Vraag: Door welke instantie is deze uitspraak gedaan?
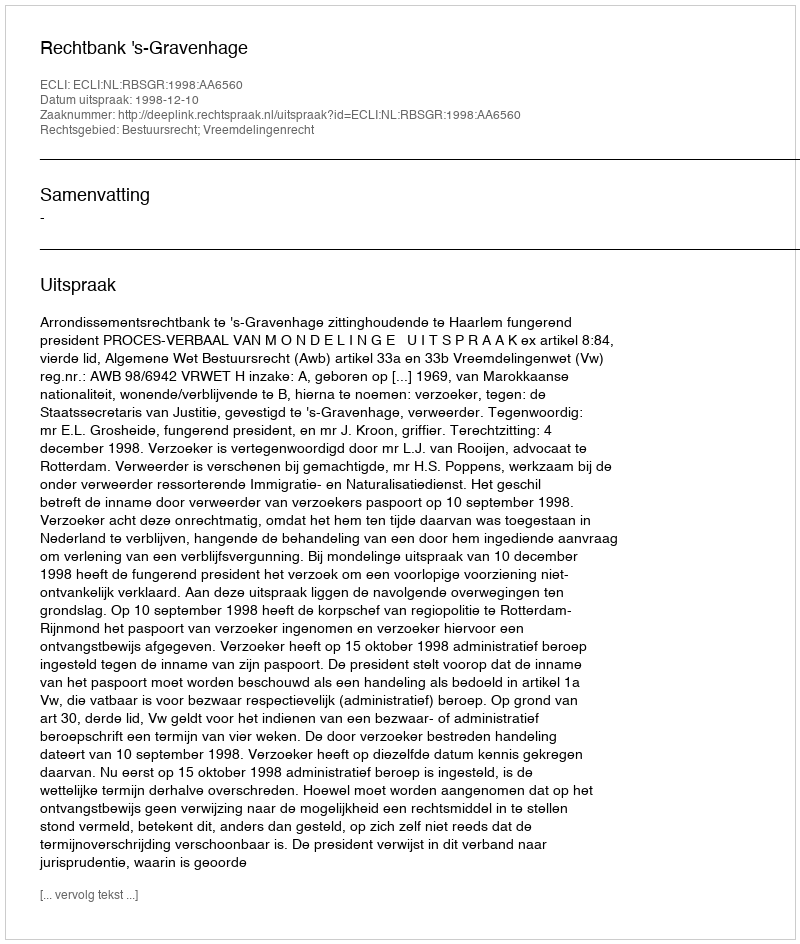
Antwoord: Rechtbank 's-Gravenhage